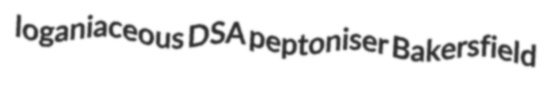
loganiaceous DSA peptoniser Bakersfield